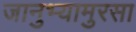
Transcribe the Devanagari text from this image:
जानुभ्यामुरसा